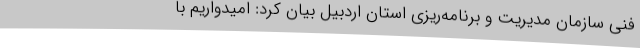
فنی سازمان مدیریت و برنامه‌ریزی استان اردبیل بیان کرد: امیدواریم با